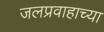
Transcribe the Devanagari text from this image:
जलप्रवाहाच्या